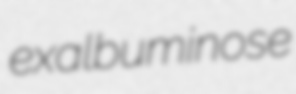
exalbuminose